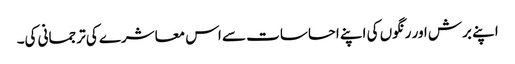
اپنے برش اور رنگوں کی اپنے احساسات سے اس معاشرے کی ترجمانی کی۔